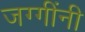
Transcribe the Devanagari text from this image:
जग्गींनी